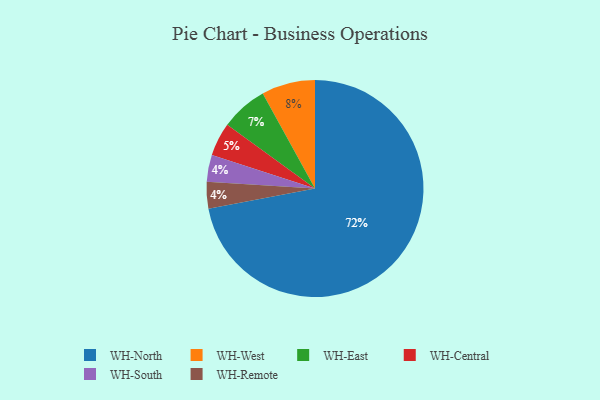
{"axis": {"x": "Category", "y": "Percentage"}, "legend": ["WH-Central", "WH-East", "WH-North", "WH-Remote", "WH-South", "WH-West"], "data": [{"x": "WH-South", "y": 4, "type": "WH-South"}, {"x": "WH-Central", "y": 5, "type": "WH-Central"}, {"x": "WH-West", "y": 8, "type": "WH-West"}, {"x": "WH-North", "y": 72, "type": "WH-North"}, {"x": "WH-East", "y": 7, "type": "WH-East"}, {"x": "WH-Remote", "y": 4, "type": "WH-Remote"}]}